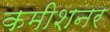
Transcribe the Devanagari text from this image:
कमीशनर